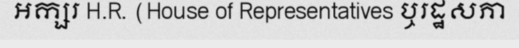
អក្សរ H.R. (House of Representatives ឬរដ្ឋសភា